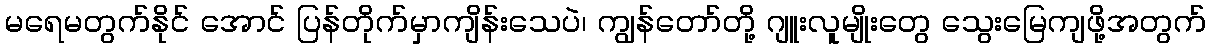
မရေမတွက်နိုင် အောင် ပြန်တိုက်မှာကျိန်းသေပဲ၊ ကျွန်တော်တို့ ဂျူးလူမျိုးတွေ သွေးမြေကျဖို့အတွက်